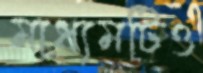
মাধ্যমটিও